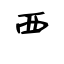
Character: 覀